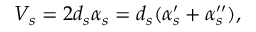
V _ { s } = 2 d _ { s } \alpha _ { s } = d _ { s } ( \alpha _ { s } ^ { \prime } + \alpha _ { s } ^ { \prime \prime } ) ,